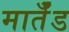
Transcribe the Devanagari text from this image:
मार्तँड